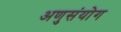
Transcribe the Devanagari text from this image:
अणुसंयोग